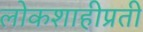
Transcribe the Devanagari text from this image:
लोकशाहीप्रती